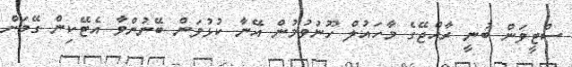
ސްޓީވަން ބުނީ ރާއްޖޭގެ މާހައުލް ހޫނުވުމުން އޭނާ ކުޅުވަން ބޭނުންވާ އެޓޭކިން ގޭމަށް